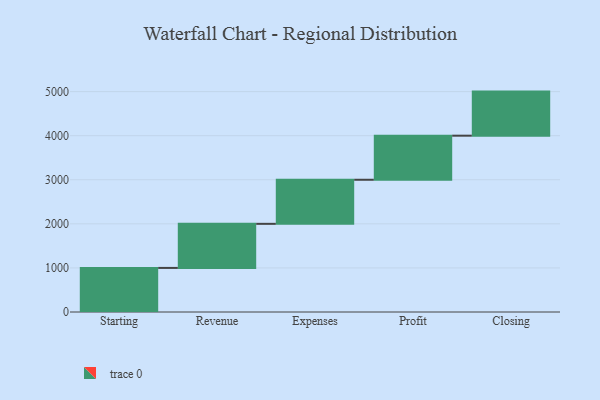
{"axis": {"x": "Step", "y": "Value"}, "legend": [""], "data": [{"x": "Starting", "y": 1000, "type": ""}, {"x": "Revenue", "y": 1000, "type": ""}, {"x": "Expenses", "y": 1000, "type": ""}, {"x": "Profit", "y": 1000, "type": ""}, {"x": "Closing", "y": 1000, "type": ""}]}